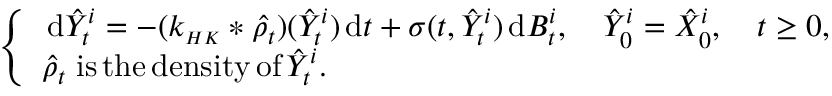
\begin{array} { r } { \left\{ \begin{array} { l l } { \, \mathrm { d } \hat { Y } _ { t } ^ { i } = - ( k _ { \scriptscriptstyle { H K } } * \hat { \rho _ { t } } ) ( \hat { Y } _ { t } ^ { i } ) \, \mathrm { d } t + \sigma ( t , \hat { Y } _ { t } ^ { i } ) \, \mathrm { d } B _ { t } ^ { i } , \quad \hat { Y } _ { 0 } ^ { i } = \hat { X } _ { 0 } ^ { i } , \quad t \geq 0 , } \\ { \hat { \rho } _ { t } \; \mathrm { i s \, t h e \, d e n s i t y \, o f } \, \hat { Y } _ { t } ^ { i } . } \end{array} \right. } \end{array}